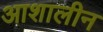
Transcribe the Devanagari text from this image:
आशालीन